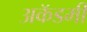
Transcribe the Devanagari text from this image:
अकॅडमी